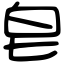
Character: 皂